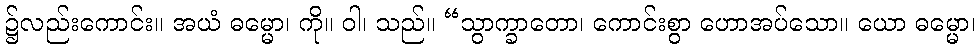
၌လည်းကောင်း။ အယံ ဓမ္မော၊ ကို။ ဝါ၊ သည်။ “သွာက္ခာတော၊ ကောင်းစွာ ဟောအပ်သော။ ယော ဓမ္မော၊